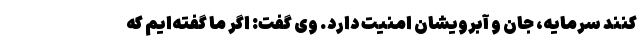
کنند سرمایه، جان و آبرویشان امنیت دارد. وی گفت: اگر ما گفته‌ایم که